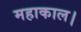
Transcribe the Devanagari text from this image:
महाकाल।